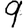
Digit: 9